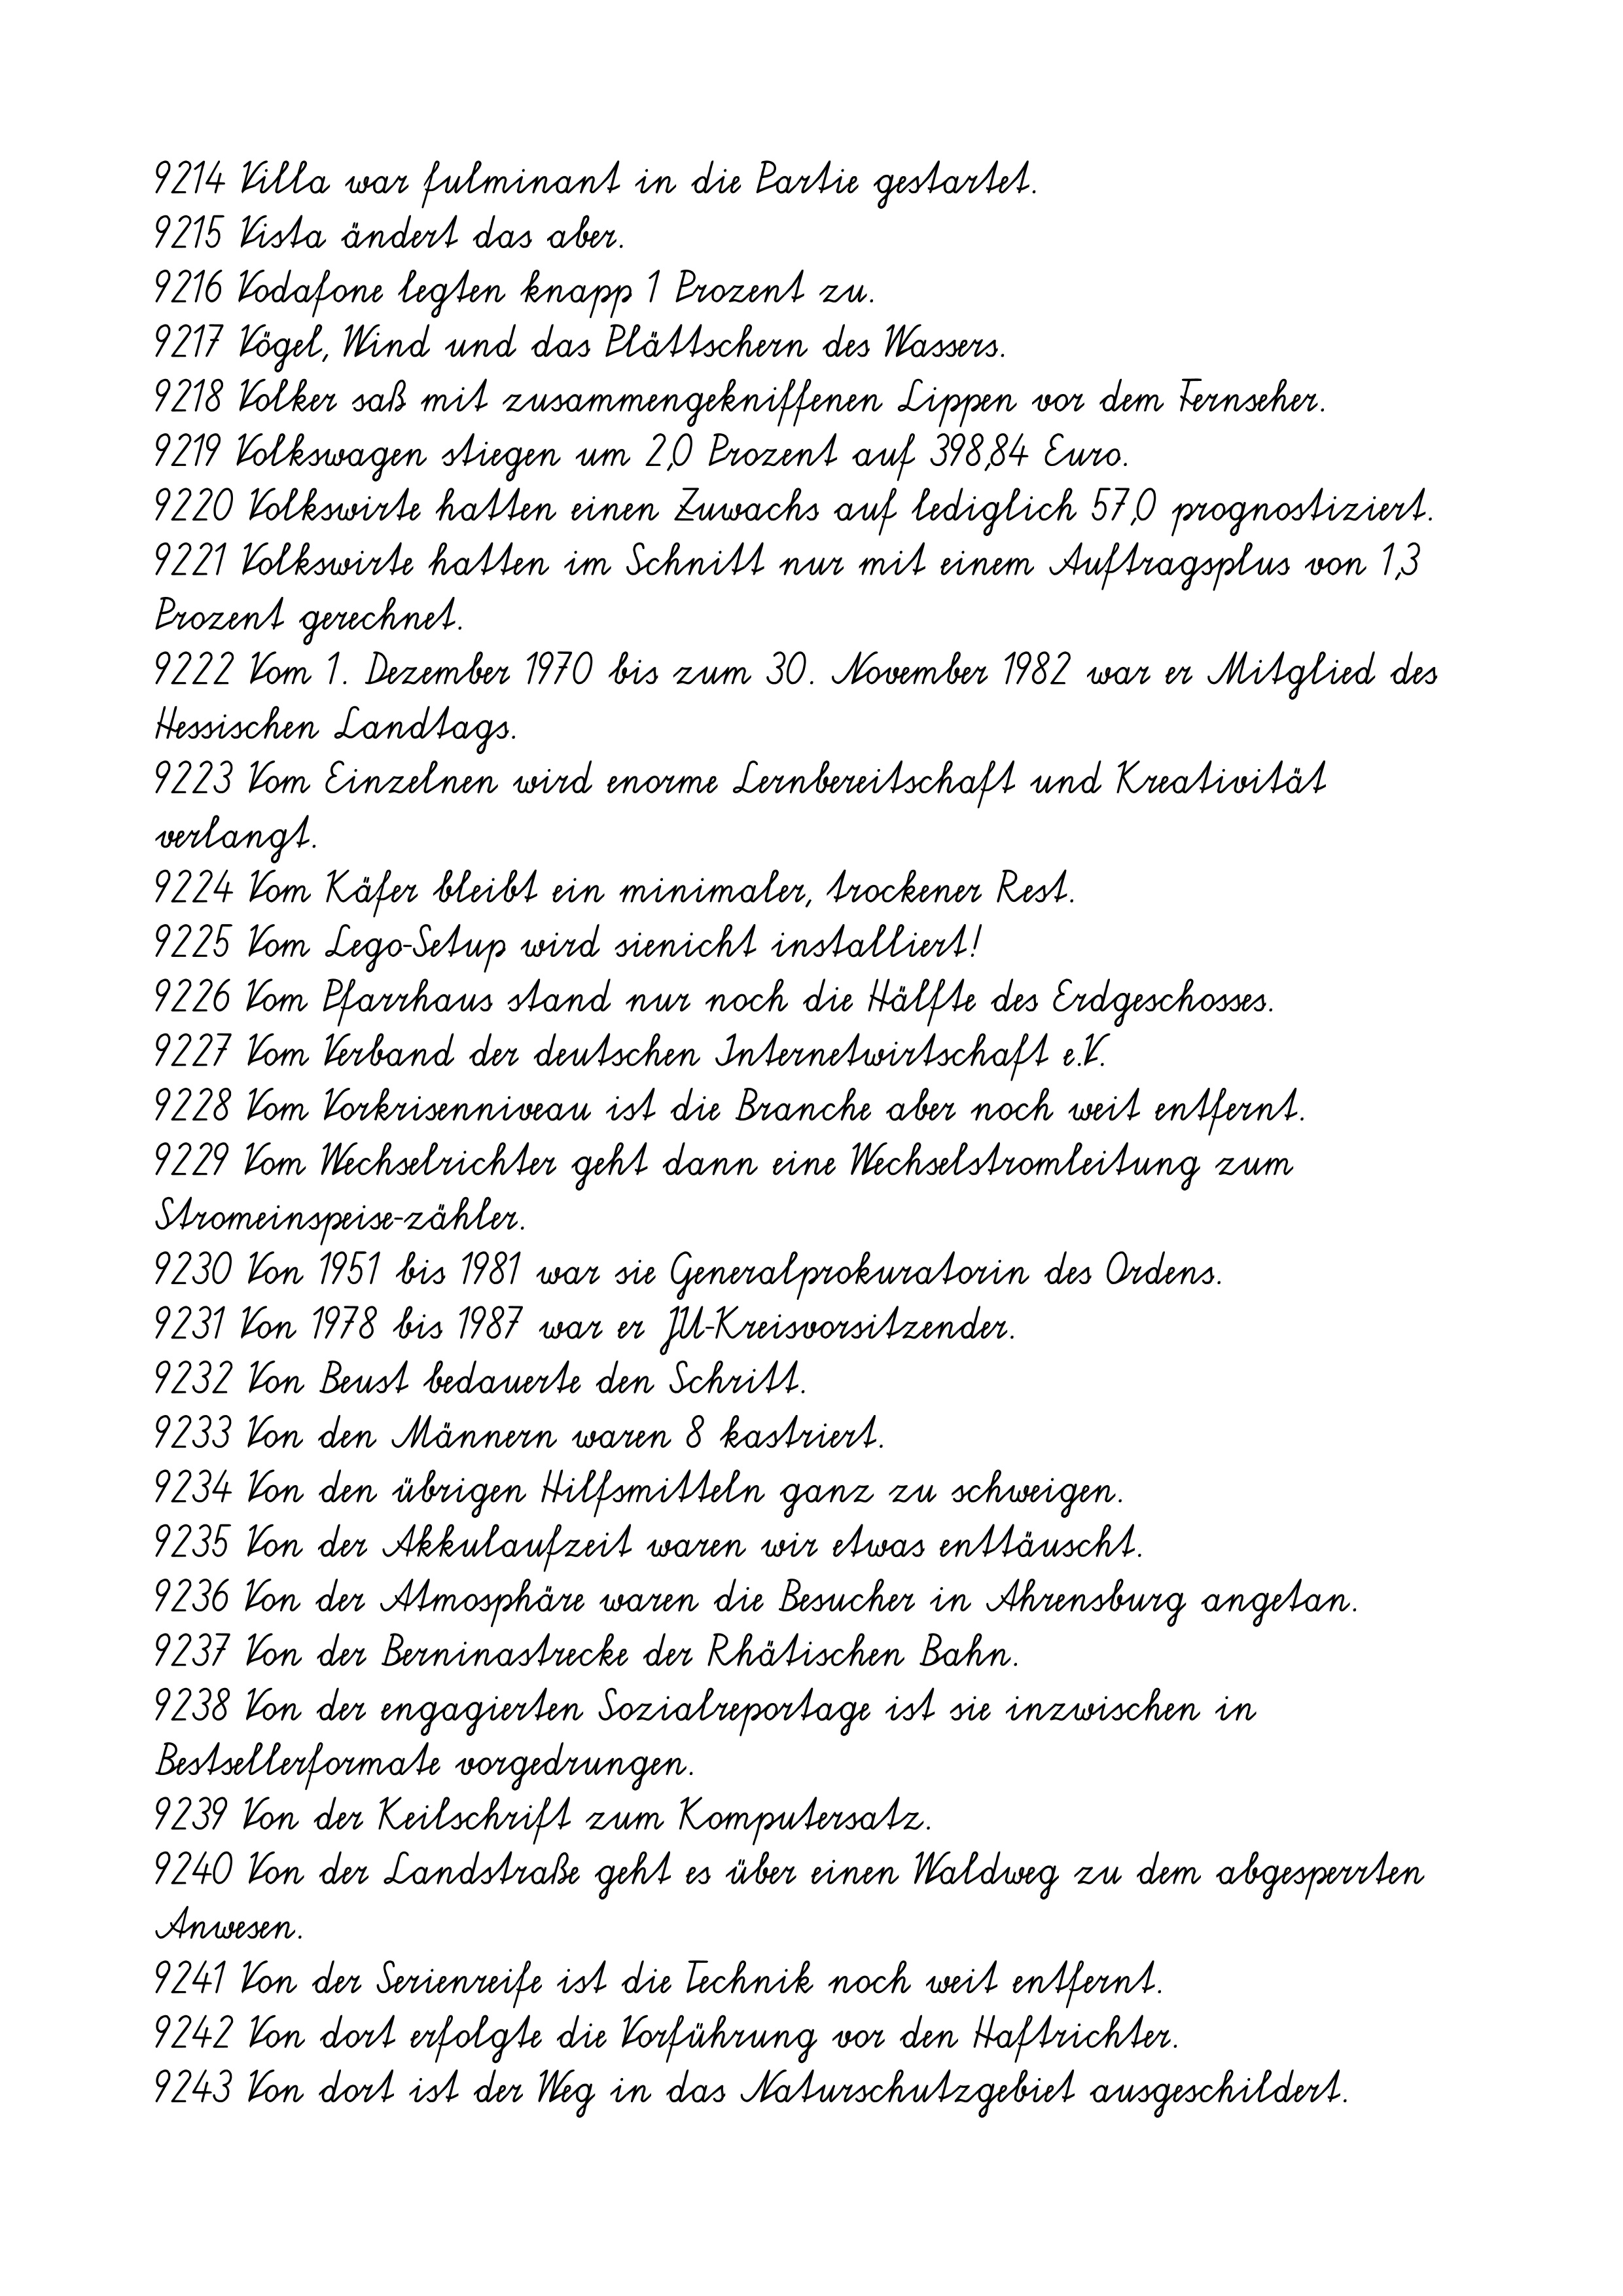
9214 Villa war fulminant in die Partie gestartet.
9215 Vista ändert das aber.
9216 Vodafone legten knapp 1 Prozent zu.
9217 Vögel, Wind und das Plättschern des Wassers.
9218 Volker saß mit zusammengekniffenen Lippen vor dem Fernseher.
9219 Volkswagen stiegen um 2,0 Prozent auf 398,84 Euro.
9220 Volkswirte hatten einen Zuwachs auf lediglich 57,0 prognostiziert.
9221 Volkswirte hatten im Schnitt nur mit einem Auftragsplus von 1,3
Prozent gerechnet.
9222 Vom 1. Dezember 1970 bis zum 30. November 1982 war er Mitglied des
Hessischen Landtags.
9223 Vom Einzelnen wird enorme Lernbereitschaft und Kreativität
verlangt.
9224 Vom Käfer bleibt ein minimaler, trockener Rest.
9225 Vom Lego-Setup wird sienicht installiert!
9226 Vom Pfarrhaus stand nur noch die Hälfte des Erdgeschosses.
9227 Vom Verband der deutschen Internetwirtschaft e.V.
9228 Vom Vorkrisenniveau ist die Branche aber noch weit entfernt.
9229 Vom Wechselrichter geht dann eine Wechselstromleitung zum
Stromeinspeise-zähler.
9230 Von 1951 bis 1981 war sie Generalprokuratorin des Ordens.
9231 Von 1978 bis 1987 war er JU-Kreisvorsitzender.
9232 Von Beust bedauerte den Schritt.
9233 Von den Männern waren 8 kastriert.
9234 Von den übrigen Hilfsmitteln ganz zu schweigen.
9235 Von der Akkulaufzeit waren wir etwas enttäuscht.
9236 Von der Atmosphäre waren die Besucher in Ahrensburg angetan.
9237 Von der Berninastrecke der Rhätischen Bahn.
9238 Von der engagierten Sozialreportage ist sie inzwischen in
Bestsellerformate vorgedrungen.
9239 Von der Keilschrift zum Komputersatz.
9240 Von der Landstraße geht es über einen Waldweg zu dem abgesperrten
Anwesen.
9241 Von der Serienreife ist die Technik noch weit entfernt.
9242 Von dort erfolgte die Vorführung vor den Haftrichter.
9243 Von dort ist der Weg in das Naturschutzgebiet ausgeschildert.